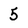
Character: 5